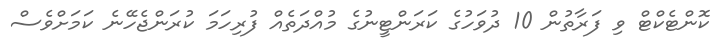
ކޮންޓެކްޓް ވި ފަރާތުން 10 ދުވަހުގެ ކަރަންޓީނުގެ މުއްދަތެއް ފުރިހަމަ ކުރަންޖެހޭނެ ކަމަށްވެސް